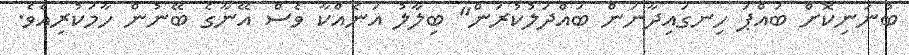
ބުނަނިކޮށް ބައްޕަ ހިނގައިދާނަން ބައްދަލުކުރަން" ބިލާލު އަނެއްކާ ވެސް އޭނާގެ ބޭނުން ހާމަކުރިއެވެ.